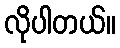
လိုပါတယ်။